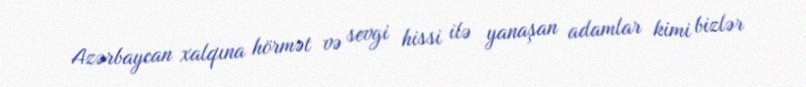
Azərbaycan xalqına hörmət və sevgi hissi ilə yanaşan adamlar kimi bizlər